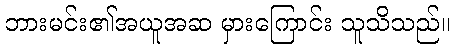
ဘားမင်း၏အယူအဆ မှားကြောင်း သူသိသည်။